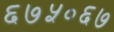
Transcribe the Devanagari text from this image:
६७५०६७